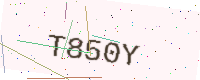
Text: T850Y